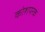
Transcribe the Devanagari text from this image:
कोशपरक